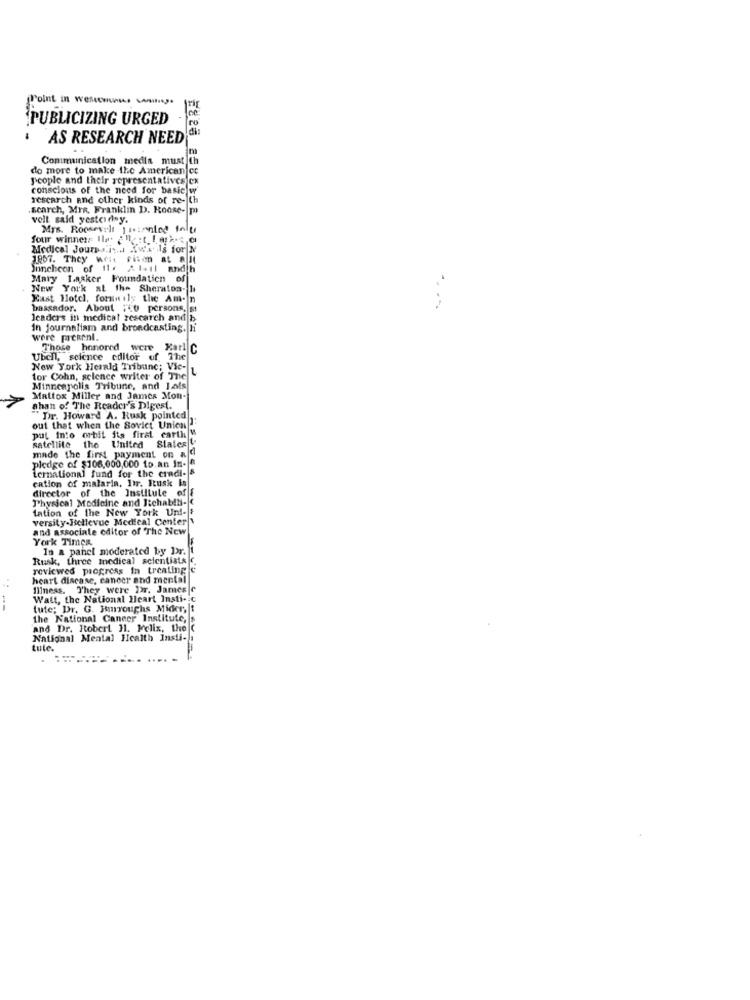
Point in Weseemeses volt ...
PUBLICIZING URGED
AS RESEARCH NEED
Communication medla must
do more to make the American cc
people and their representatives c
conscious of the need for basic w
research and other kinds of re- th
search, Mrs. Franklin D. Roose- p
volt said yesterday.
Mrs. Roosevelt | tionled foly
four winners Ile last_[.apk.e.c
Medical Jours is.w. Xwals for N
1857. They went Filen at A It
Jonchcon of 11. At-il and h
Mary Lasker Foundation of
New York at the Sheraton- 1+
Kast Hotel, forn ily the Am- n
bassador. About :+0 persons, st
leaders in medical research and b
In journalism and broadcasting. hi
were prekenl.
Those honored were Karl C
Ubel, science editor of The
New York Herald Tribune; Vie-
for Cohn, science writer of The
Minneapolis Tribune, and Lals
Mattox Miller and James Mon-
ahan of The Reader's Digest.
Dir. Howard A. Rusk pointed
out that when the Soviet Union
put into orbit its first carthy
satellite
the United
made the first payment on ajd
pledge of $106,000,000 to.an In-
ternational fund for the credi- &
cation of malaria, Dir. Itusk Is
director of the Institute of
Physical Medicine and Itchab!hi-
tation of the New York Uni-+
versity-Bellevue Medical Center
and associate editor of The New
York Times
In a panel moderated by Dr.
Rusk, three medical scientists C
reviewed progress In treatingle
heart disease, cancer and mental
Illness. They were Dr. James c
Watt, the National Heart Insti-
tute; Dr. G. Rmnroughs Mider, 1
the National Cancer Institute,
and Dr. Robert H1. Felix, the C
National Mental Health Insti- :
tule.